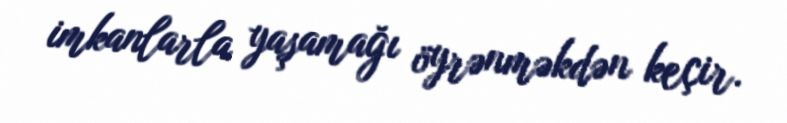
imkanlarla yaşamağı öyrənməkdən keçir.